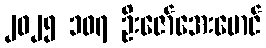
၂၀၂၅ ၁၀၇ ဦးဇော်အေးမောင်